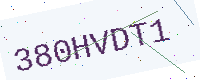
Text: 380HVDT1